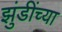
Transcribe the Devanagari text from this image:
झुंडींच्या